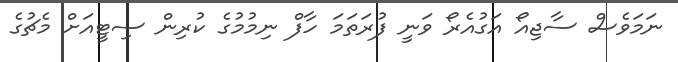
ނަމަވެސް ސާޖިއޯ އަގުއެރޯ ވަނީ ފުރަތަމަ ހާފް ނިމުމުގެ ކުރިން ސިޓީއަށް މެޗުގެ